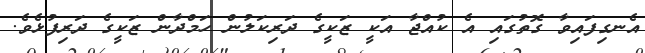
އެނގިފައިވާ ގޮތުގައި އެ ކުއްޖާ އަކީ ޒަކީގެ ދަރިކަލުން ހަމްދާން ޒަކީގެ ދަރިފުޅެވެ.